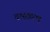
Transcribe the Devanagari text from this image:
वत्सहरण